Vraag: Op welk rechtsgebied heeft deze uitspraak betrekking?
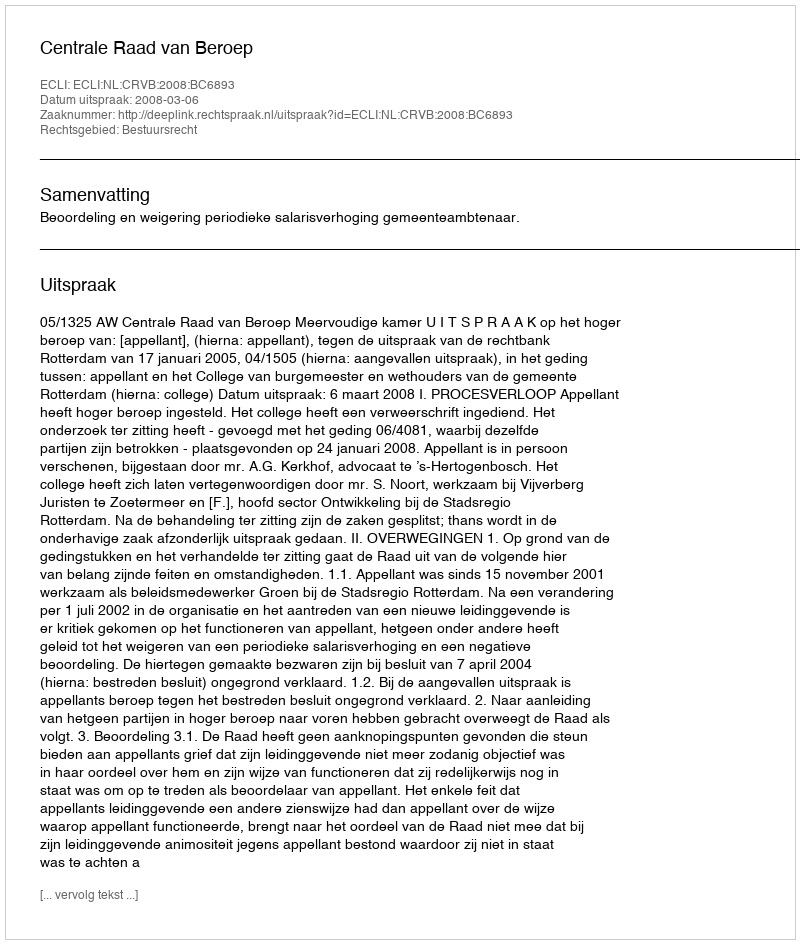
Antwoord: Bestuursrecht